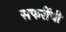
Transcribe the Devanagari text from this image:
सफरींची